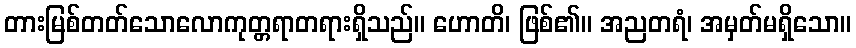
တားမြစ်တတ်သောလောကုတ္တရာတရားရှိသည်။ ဟောတိ၊ ဖြစ်၏။ အညတရံ၊ အမှတ်မရှိသော။